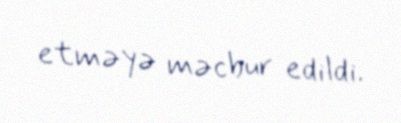
etməyə məcbur edildi.